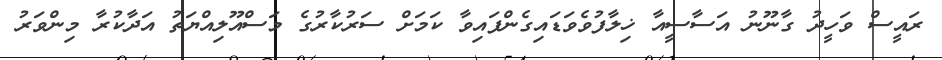
ރައީސް ވަހީދު ގާނޫނު އަސާސީއާ ޚިލާފުވެވަޑައިގެންފައިވާ ކަމަށް ސަރުކާރުގެ މަސްއޫލިއްޔަތު އަދާކުރާ މިންވަރު